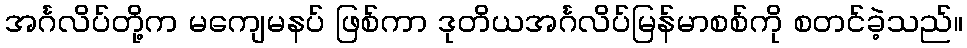
အင်္ဂလိပ်တို့က မကျေမနပ် ဖြစ်ကာ ဒုတိယအင်္ဂလိပ်မြန်မာစစ်ကို စတင်ခဲ့သည်။